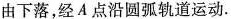
由下落，经A点沿圆弧轨道运动.